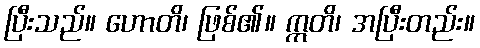
ပြီးသည်။ ဟောတိ၊ ဖြစ်၏။ ဣတိ၊ အပြီးတည်း။